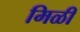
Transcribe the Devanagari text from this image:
मिळी